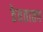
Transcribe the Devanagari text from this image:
ठेवतातच